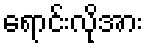
ရောင်းလိုအား